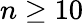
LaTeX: n\geq 10